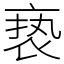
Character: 亵